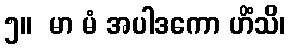
၅။  မာ မံ အပါဒကော ဟိံသိ၊